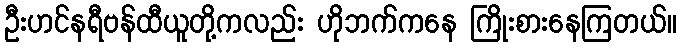
ဦးဟင်နရီဗန်ထီယူတို့ကလည်း ဟိုဘက်ကနေ ကြိုးစားနေကြတယ်။